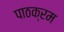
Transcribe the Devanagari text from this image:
पाठक्रम